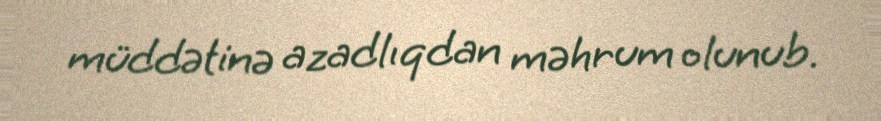
müddətinə azadlıqdan məhrum olunub.